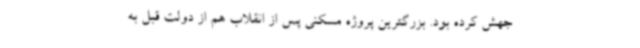
جهش کرده بود. بزرگترین پروژه مسکنی پس از انقلاب هم از دولت قبل به